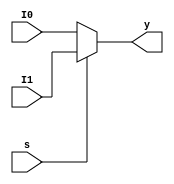
module mux2to1 (
input [31:0] I0,
input [31:0] I1,
input s,
output [31:0] y
);
assign y = (s) ? I1 : I0 ;
endmodule